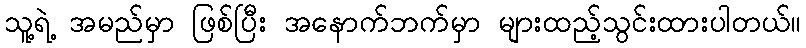
သူ့ရဲ့ အမည်မှာ ဖြစ်ပြီး အနောက်ဘက်မှာ များထည့်သွင်းထားပါတယ်။